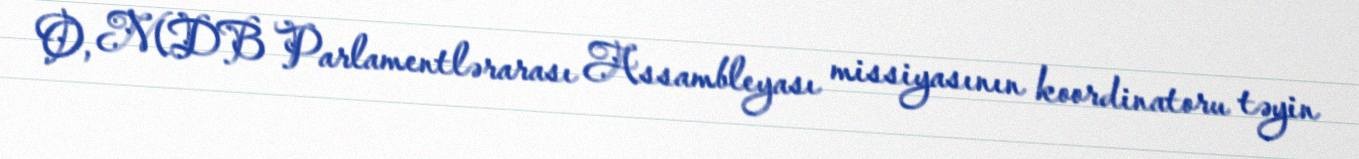
O, MDB Parlamentlərarası Assambleyası missiyasının koordinatoru təyin